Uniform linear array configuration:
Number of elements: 32
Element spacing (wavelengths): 0.25
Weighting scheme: exponential
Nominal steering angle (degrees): -60
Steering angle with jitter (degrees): -60.814
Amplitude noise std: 0.05
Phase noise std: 0.05

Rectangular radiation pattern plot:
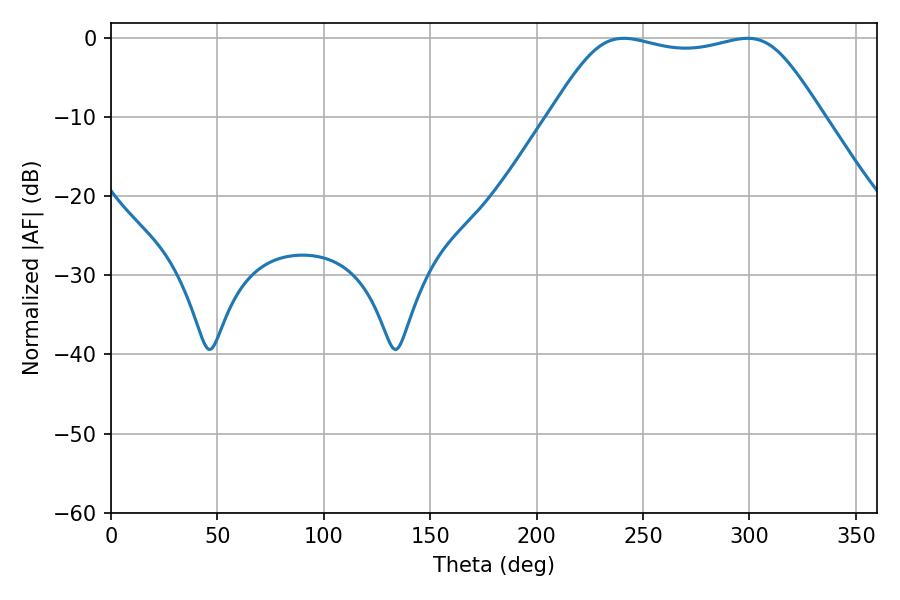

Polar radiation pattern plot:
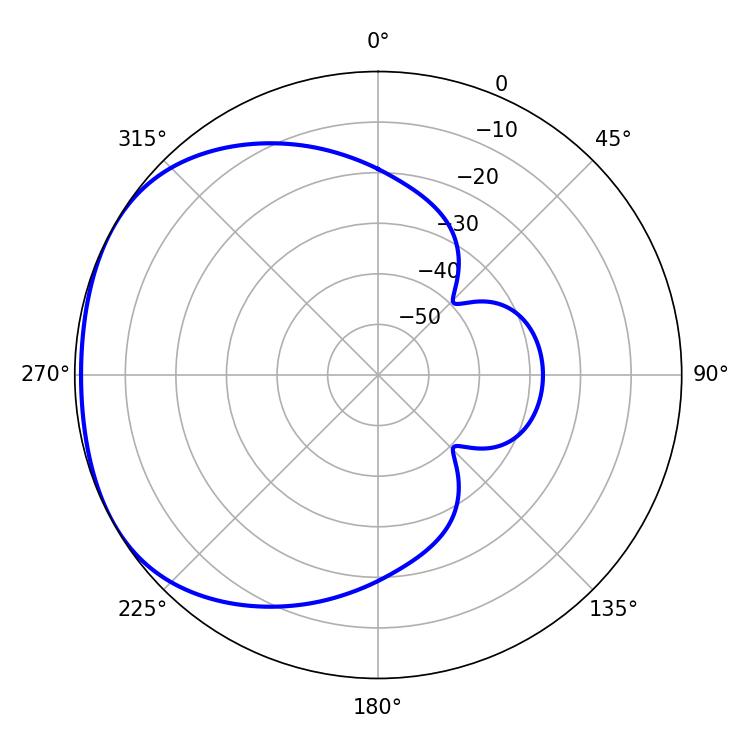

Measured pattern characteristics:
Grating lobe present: FALSE
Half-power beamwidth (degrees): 96.12
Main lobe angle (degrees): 240.84